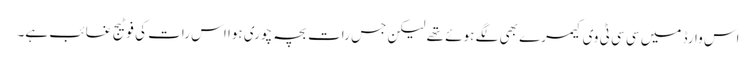
اس وارڈ میں سی سی ٹی وی کیمرے بھی لگے ہوئے تھے لیکن جس رات بچہ چوری ہوا اس رات کی فوٹیج غائب ہے۔